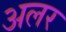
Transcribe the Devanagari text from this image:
अलर